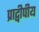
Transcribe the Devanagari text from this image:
प्राद्वीपीय